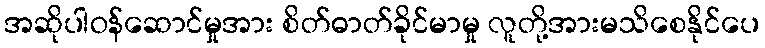
အဆိုပါဝန်ဆောင်မှုအား စိတ်ဓာတ်ခိုင်မာမှု လူတို့အားမသိစေနိုင်ပေ